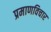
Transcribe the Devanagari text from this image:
प्रमाणविचार